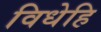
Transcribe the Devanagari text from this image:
विधेहि